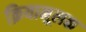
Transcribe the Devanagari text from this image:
क्रियामूलक